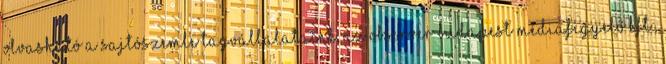
olvasható A sajtószemle tagvállalataink, az OBSERVER Budapest Médiafigyelő Kft.,